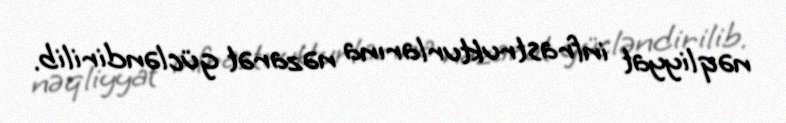
nəqliyyat infrastrukturlarına nəzarət gücləndirilib.